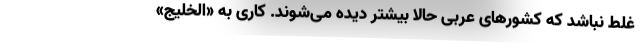
غلط نباشد که کشورهای عربی حالا بیشتر دیده می‌شوند. کاری به «الخلیج»